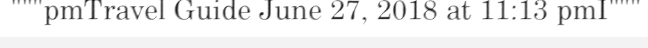
"""pmTravel Guide June 27, 2018 at 11:13 pmI"""